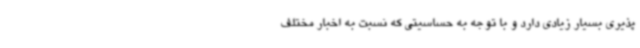
‌پذیری بسیار زیادی دارد و با توجه به حساسیتی که نسبت به اخبار مختلف